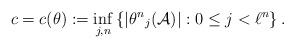
LaTeX: \begin{align*} c=c (\theta) := \inf_{j,n} \left\{\lvert {\theta^n}_j(\mathcal A)\rvert : 0\le j < \ell^n\right\}.\end{align*}